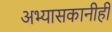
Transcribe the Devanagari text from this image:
अभ्यासकानीही